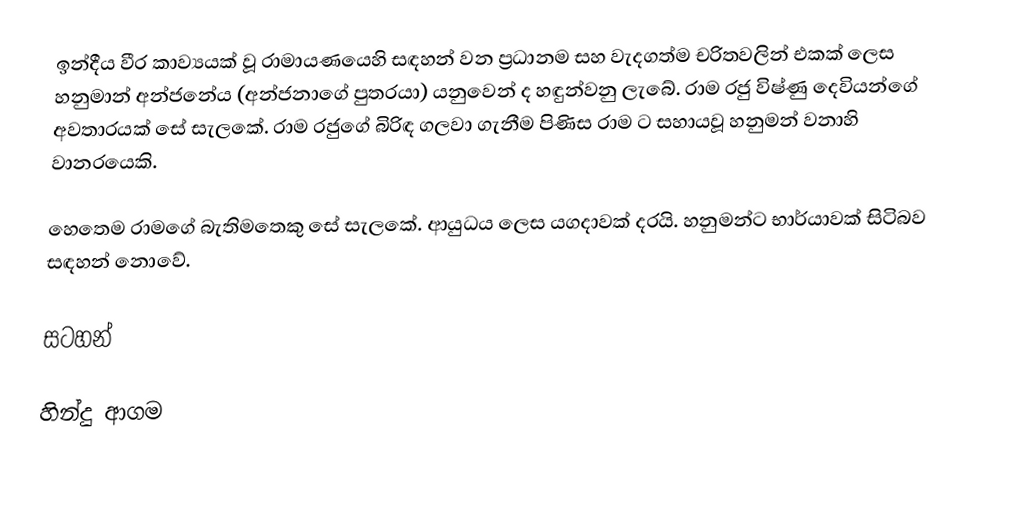
ඉන්දීය වීර කාව්‍යයක් වූ රාමායණයෙහි සඳහන් වන ප්‍රධානම සහ වැදගත්ම චරිතවලින් එකක් ලෙස හනුමාන් අන්ජනේය (අන්ජනාගේ පුත‍්‍රයා) යනුවෙන් ද හඳුන්වනු ලැබේ. රාම රජු විෂ්ණු දෙවියන්ගේ අවතාරයක් සේ සැලකේ. රාම රජුගේ බිරිඳ ගලවා ගැනීම පිණිස රාම ට සහායවූ හනුමන් වනාහි වානරයෙකි.

හෙතෙම රාමගේ බැතිමතෙකු සේ සැලකේ. ආයුධය ලෙස යගදාවක් දරයි. හනුමන්ට භාර්යාවක් සිටිබව සඳහන් නොවේ.

සටහන්

හින්දු ආගම